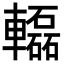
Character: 𨏒